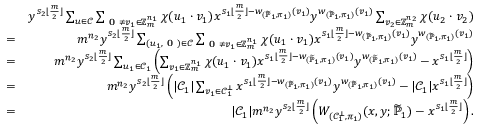
\begin{array} { r l r } & { } & { y ^ { s _ { 2 } \lfloor \frac { m } { 2 } \rfloor } \sum _ { \boldsymbol { u } \in \mathcal { C } } \sum _ { \textbf { 0 } \neq \boldsymbol { v _ { 1 } } \in \mathbb { Z } _ { m } ^ { n _ { 1 } } } \chi ( \boldsymbol { u _ { 1 } } \cdot \boldsymbol { v _ { 1 } } ) x ^ { s _ { 1 } \lfloor \frac { m } { 2 } \rfloor - w _ { ( \widetilde { \mathbb { P } } _ { 1 } , \pi _ { 1 } ) } ( \boldsymbol { v _ { 1 } } ) } y ^ { w _ { ( \widetilde { \mathbb { P } } _ { 1 } , \pi _ { 1 } ) } ( \boldsymbol { v _ { 1 } } ) } \sum _ { \boldsymbol { v _ { 2 } } \in \mathbb { Z } _ { m } ^ { n _ { 2 } } } \chi ( \boldsymbol { u _ { 2 } } \cdot \boldsymbol { v _ { 2 } } ) } \\ & { = } & { m ^ { n _ { 2 } } y ^ { s _ { 2 } \lfloor \frac { m } { 2 } \rfloor } \sum _ { ( \boldsymbol { u _ { 1 } } , \textbf { 0 } ) \in \mathcal { C } } \sum _ { \textbf { 0 } \neq \boldsymbol { v _ { 1 } } \in \mathbb { Z } _ { m } ^ { n _ { 1 } } } \chi ( \boldsymbol { u _ { 1 } } \cdot \boldsymbol { v _ { 1 } } ) x ^ { s _ { 1 } \lfloor \frac { m } { 2 } \rfloor - w _ { ( \widetilde { \mathbb { P } } _ { 1 } , \pi _ { 1 } ) } ( \boldsymbol { v _ { 1 } } ) } y ^ { w _ { ( \widetilde { \mathbb { P } } _ { 1 } , \pi _ { 1 } ) } ( \boldsymbol { v _ { 1 } } ) } } \\ & { = } & { m ^ { n _ { 2 } } y ^ { s _ { 2 } \lfloor \frac { m } { 2 } \rfloor } \sum _ { \boldsymbol { u _ { 1 } } \in \mathcal { C } _ { 1 } } \left( \sum _ { \boldsymbol { v _ { 1 } } \in \mathbb { Z } _ { m } ^ { n _ { 1 } } } \chi ( \boldsymbol { u _ { 1 } } \cdot \boldsymbol { v _ { 1 } } ) x ^ { s _ { 1 } \lfloor \frac { m } { 2 } \rfloor - w _ { ( \widetilde { \mathbb { P } } _ { 1 } , \pi _ { 1 } ) } ( \boldsymbol { v _ { 1 } } ) } y ^ { w _ { ( \widetilde { \mathbb { P } } _ { 1 } , \pi _ { 1 } ) } ( \boldsymbol { v _ { 1 } } ) } - x ^ { s _ { 1 } \lfloor \frac { m } { 2 } \rfloor } \right) } \\ & { = } & { m ^ { n _ { 2 } } y ^ { s _ { 2 } \lfloor \frac { m } { 2 } \rfloor } \left( | \mathcal { C } _ { 1 } | \sum _ { \boldsymbol { v _ { 1 } } \in \mathcal { C } _ { 1 } ^ { \bot } } x ^ { s _ { 1 } \lfloor \frac { m } { 2 } \rfloor - w _ { ( \widetilde { \mathbb { P } } _ { 1 } , \pi _ { 1 } ) } ( \boldsymbol { v _ { 1 } } ) } y ^ { w _ { ( \widetilde { \mathbb { P } } _ { 1 } , \pi _ { 1 } ) } ( \boldsymbol { v _ { 1 } } ) } - | \mathcal { C } _ { 1 } | x ^ { s _ { 1 } \lfloor \frac { m } { 2 } \rfloor } \right) } \\ & { = } & { | \mathcal { C } _ { 1 } | m ^ { n _ { 2 } } y ^ { s _ { 2 } \lfloor \frac { m } { 2 } \rfloor } \left( W _ { ( \mathcal { C } _ { 1 } ^ { \bot } , \pi _ { 1 } ) } ( x , y ; \widetilde { \mathbb { P } } _ { 1 } ) - x ^ { s _ { 1 } \lfloor \frac { m } { 2 } \rfloor } \right) . } \end{array}